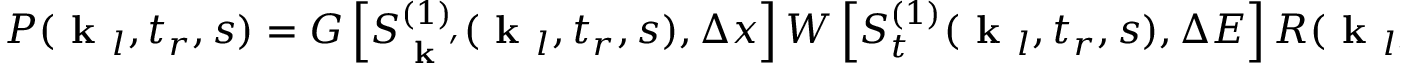
P ( \textbf { k } _ { l } , t _ { r } , s ) = G \left[ S _ { \textbf { k } ^ { \prime } } ^ { ( 1 ) } ( \textbf { k } _ { l } , t _ { r } , s ) , \Delta x \right] W \left[ S _ { t } ^ { ( 1 ) } ( \textbf { k } _ { l } , t _ { r } , s ) , \Delta E \right] R ( \textbf { k } _ { l } , t _ { r } , s )